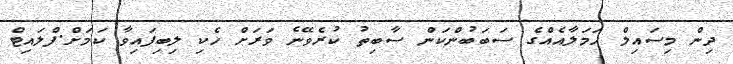
ދިން މިސައިލް ހަމަލާއެއްގެ ސަބަބުންކަން ސާބިތު ކުރެވޭނެ ވަރަށް ހެކި ލިބިފައިވާ ކަމަށް.ފްލައިޓް